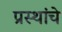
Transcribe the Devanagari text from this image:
प्रस्थांचे